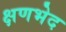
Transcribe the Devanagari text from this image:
क्षणभेद